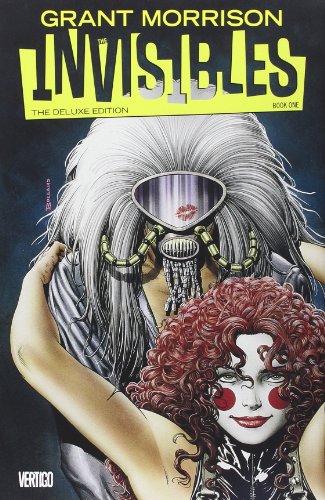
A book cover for The Invisibles Book One Deluxe Edition; Grant Morrison; Comics & Graphic Novels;